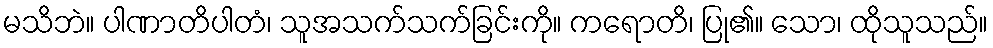
မသိဘဲ။ ပါဏာတိပါတံ၊ သူအသက်သက်ခြင်းကို။ ကရောတိ၊ ပြု၏။ သော၊ ထိုသူသည်။